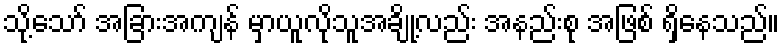
သို့သော် အခြားအကျန် မှာယူလိုသူအချို့လည်း အနည်းစု အဖြစ် ရှိနေသည်။